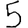
Digit: 5